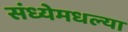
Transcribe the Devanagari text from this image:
संध्येमधल्या